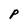
Character: P